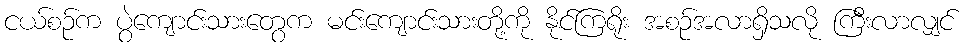
ငယ်စဉ်က ပွဲကျောင်းသားတွေက မင်းကျောင်းသားတို့ကို နိုင်ကြရိုး အစဉ်အလာရှိသလို ကြီးလာလျှင်